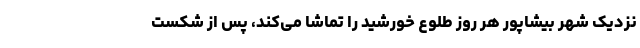
نزدیک شهر بیشاپور هر روز طلوع خورشید را تماشا می‌کند، پس از شکست